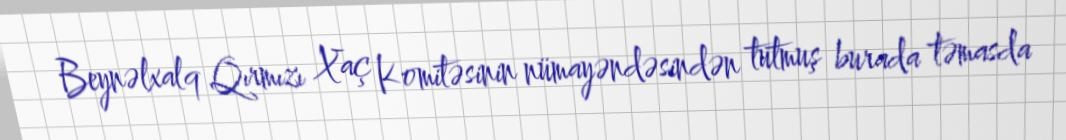
Beynəlxalq Qırmızı Xaç Komitəsinin nümayəndəsindən tutmuş burada təmasda